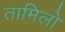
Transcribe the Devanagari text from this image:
तामिलो